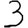
Digit: 3